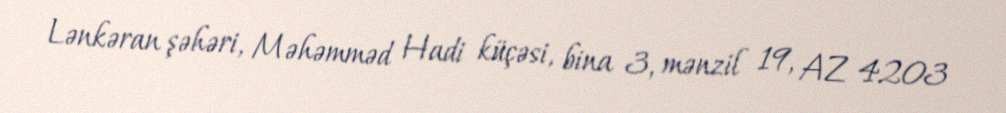
Lənkəran şəhəri, Məhəmməd Hadi küçəsi, bina 3, mənzil 19, AZ 4203